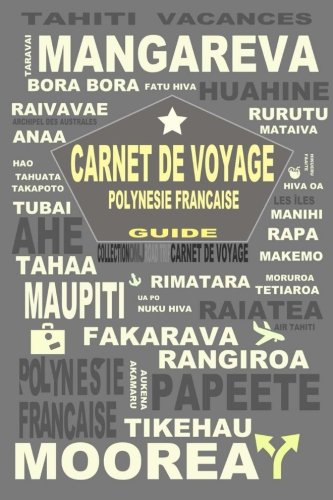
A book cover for Tahiti carnet de bord: carnet de voyage PolynÃ©sie FranÃ§aise. Carnet de bord. Agenda de voyage Tahiti. Journal de voyage. Guide tahiti (French Edition); o m j; Travel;